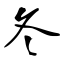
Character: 冬